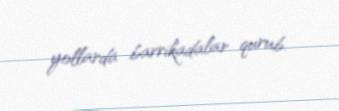
yollarda barrikadalar qurub.